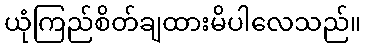
ယုံကြည်စိတ်ချထားမိပါလေသည်။